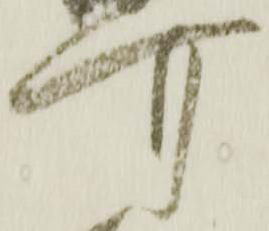
可